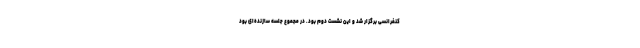
کنفرانسی برگزار شد و این نشست دوم بود. در مجموع جلسه سازنده‌ای بود